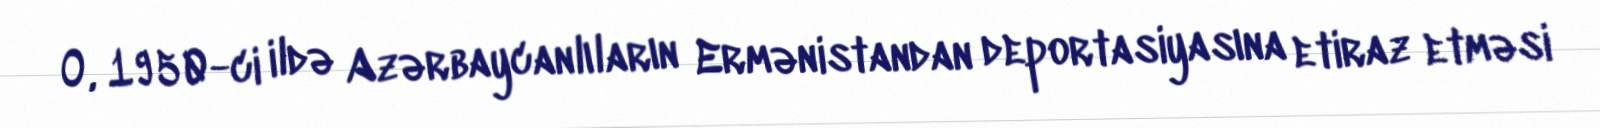
O, 1950-ci ildə Azərbaycanlıların Ermənistandan deportasiyasına etiraz etməsi